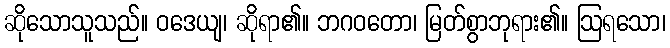
ဆိုသောသူသည်။ ဝဒေယျ၊ ဆိုရာ၏။ ဘဂဝတော၊ မြတ်စွာဘုရား၏။ ဩရသော၊